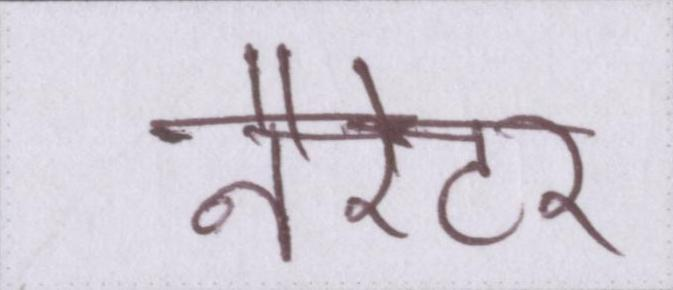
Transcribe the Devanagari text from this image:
नैरेटर